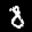
Label: 8